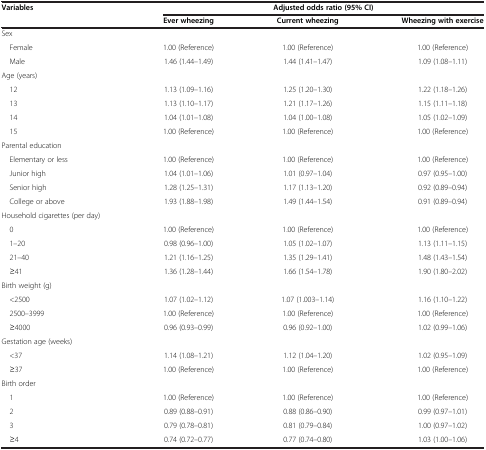
<table><thead><tr><td rowspan="2"><b>Variables</b></td><td colspan="3"><b>Adjusted odds ratio (95% CI)</b></td></tr><tr><td><b>Ever wheezing</b></td><td><b>Current wheezing</b></td><td><b>Wheezing with exercise</b></td></tr></thead><tbody><tr><td>Sex</td><td> </td><td> </td><td> </td></tr><tr><td> Female</td><td>1.00 (Reference)</td><td>1.00 (Reference)</td><td>1.00 (Reference)</td></tr><tr><td> Male</td><td>1.46 (1.44–1.49)</td><td>1.44 (1.41–1.47)</td><td>1.09 (1.08–1.11)</td></tr><tr><td>Age (years)</td><td> </td><td> </td><td> </td></tr><tr><td> 12</td><td>1.13 (1.09–1.16)</td><td>1.25 (1.20–1.30)</td><td>1.22 (1.18–1.26)</td></tr><tr><td> 13</td><td>1.13 (1.10–1.17)</td><td>1.21 (1.17–1.26)</td><td>1.15 (1.11–1.18)</td></tr><tr><td> 14</td><td>1.04 (1.01–1.08)</td><td>1.04 (1.00–1.08)</td><td>1.05 (1.02–1.09)</td></tr><tr><td> 15</td><td>1.00 (Reference)</td><td>1.00 (Reference)</td><td>1.00 (Reference)</td></tr><tr><td>Parental education</td><td> </td><td> </td><td> </td></tr><tr><td> Elementary or less</td><td>1.00 (Reference)</td><td>1.00 (Reference)</td><td>1.00 (Reference)</td></tr><tr><td> Junior high</td><td>1.04 (1.01–1.06)</td><td>1.01 (0.97–1.04)</td><td>0.97 (0.95–1.00)</td></tr><tr><td> Senior high</td><td>1.28 (1.25–1.31)</td><td>1.17 (1.13–1.20)</td><td>0.92 (0.89–0.94)</td></tr><tr><td> College or above</td><td>1.93 (1.88–1.98)</td><td>1.49 (1.44–1.54)</td><td>0.91 (0.89–0.94)</td></tr><tr><td>Household cigarettes (per day)</td><td> </td><td> </td><td> </td></tr><tr><td> 0</td><td>1.00 (Reference)</td><td>1.00 (Reference)</td><td>1.00 (Reference)</td></tr><tr><td> 1–20</td><td>0.98 (0.96–1.00)</td><td>1.05 (1.02–1.07)</td><td>1.13 (1.11–1.15)</td></tr><tr><td> 21–40</td><td>1.21 (1.16–1.25)</td><td>1.35 (1.29–1.41)</td><td>1.48 (1.43–1.54)</td></tr><tr><td> ≥41</td><td>1.36 (1.28–1.44)</td><td>1.66 (1.54–1.78)</td><td>1.90 (1.80–2.02)</td></tr><tr><td>Birth weight (g)</td><td> </td><td> </td><td> </td></tr><tr><td> &lt;2500</td><td>1.07 (1.02–1.12)</td><td>1.07 (1.003–1.14)</td><td>1.16 (1.10–1.22)</td></tr><tr><td> 2500–3999</td><td>1.00 (Reference)</td><td>1.00 (Reference)</td><td>1.00 (Reference)</td></tr><tr><td> ≥4000</td><td>0.96 (0.93–0.99)</td><td>0.96 (0.92–1.00)</td><td>1.02 (0.99–1.06)</td></tr><tr><td>Gestation age (weeks)</td><td> </td><td> </td><td> </td></tr><tr><td> &lt;37</td><td>1.14 (1.08–1.21)</td><td>1.12 (1.04–1.20)</td><td>1.02 (0.95–1.09)</td></tr><tr><td> ≥37</td><td>1.00 (Reference)</td><td>1.00 (Reference)</td><td>1.00 (Reference)</td></tr><tr><td>Birth order</td><td> </td><td> </td><td> </td></tr><tr><td> 1</td><td>1.00 (Reference)</td><td>1.00 (Reference)</td><td>1.00 (Reference)</td></tr><tr><td> 2</td><td>0.89 (0.88–0.91)</td><td>0.88 (0.86–0.90)</td><td>0.99 (0.97–1.01)</td></tr><tr><td> 3</td><td>0.79 (0.78–0.81)</td><td>0.81 (0.79–0.84)</td><td>1.00 (0.97–1.02)</td></tr><tr><td> ≥4</td><td>0.74 (0.72–0.77)</td><td>0.77 (0.74–0.80)</td><td>1.03 (1.00–1.06)</td></tr></tbody></table>